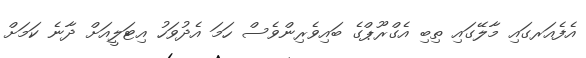
އެފެއަރގައި މާލޭގައި ތިބި އެގްރޫޕްގެ ބައިވެރިންވެސް ހަމަ އެދުވަހު އިޓަލީއަށް ދާނެ ކަމަށް